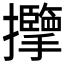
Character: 𱡏